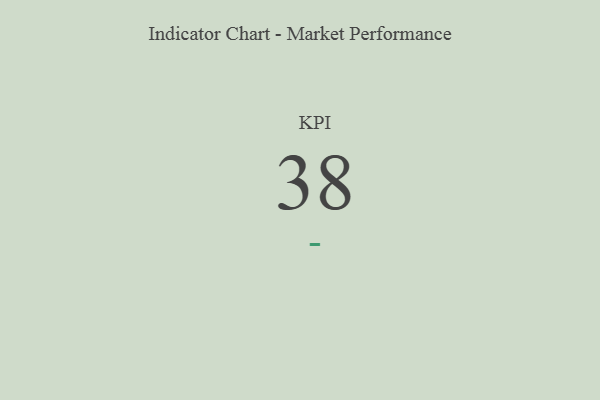
{"axis": {"x": "KPI", "y": "Value"}, "legend": [""], "data": [{"x": "KPI", "y": 38, "type": ""}]}